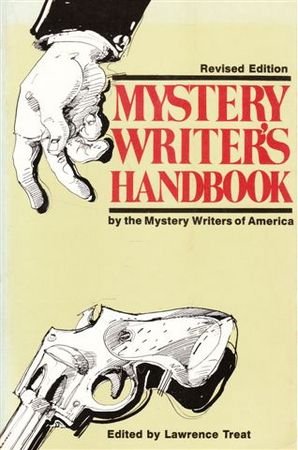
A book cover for Mystery Writer's Handbook; Mystery, Thriller & Suspense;